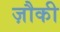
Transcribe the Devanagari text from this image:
ज़ौकी